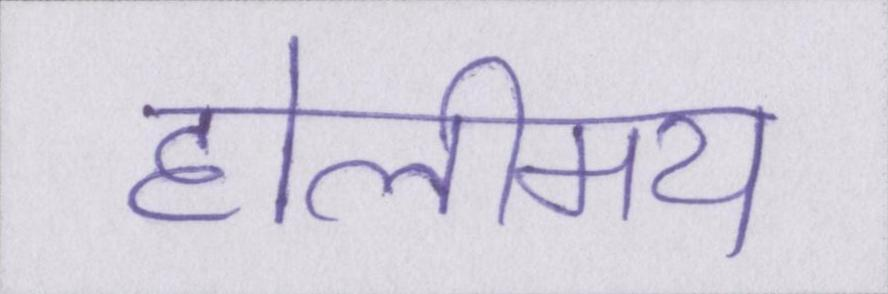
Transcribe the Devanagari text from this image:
होलीमय